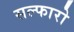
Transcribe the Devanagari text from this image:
सल्फारो